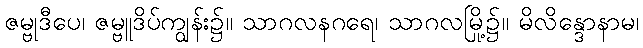
ဇမ္ဗုဒီပေ၊ ဇမ္ဗူဒိပ်ကျွန်း၌။ သာဂလနဂရေ၊ သာဂလမြို့၌။ မိလိန္ဒောနာမ၊